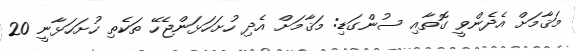
މަޤާމަށް އެދެންވީ ގޮތާއި ސުންގަޑި: މަޤާމަށް އެދި ހުށަހަޅަންޖެހޭ ތަކެތި ހުށަހަޅާނީ 20